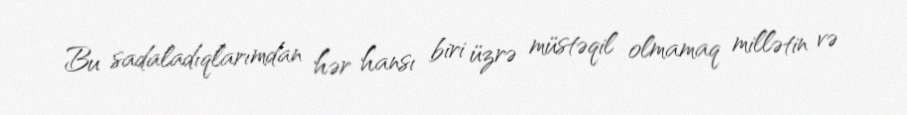
Bu sadaladıqlarımdan hər hansı biri üzrə müstəqil olmamaq millətin və